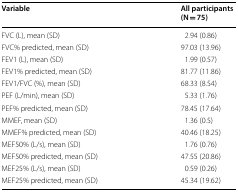
| Variable | All participants(N = 75) |
 | --- | --- |
 | FVC (L), mean (SD) | 2.94 (0.86) |
 | FVC% predicted, mean (SD) | 97.03 (13.96) |
 | FEV1 (L), mean (SD) | 1.99 (0.57) |
 | FEV1% predicted, mean (SD) | 81.77 (11.86) |
 | FEV1/FVC (%), mean (SD) | 68.33 (8.54) |
 | PEF (L/min), mean (SD) | 5.33 (1.76) |
 | PEF% predicted, mean (SD) | 78.45 (17.64) |
 | MMEF, mean (SD) | 1.36 (0.5) |
 | MMEF% predicted, mean (SD) | 40.46 (18.25) |
 | MEF50% (L/s), mean (SD) | 1.76 (0.76) |
 | MEF50% predicted, mean (SD) | 47.55 (20.86) |
 | MEF25% (L/s), mean (SD) | 0.59 (0.26) |
 | MEF25% predicted, mean (SD) | 45.34 (19.62) |